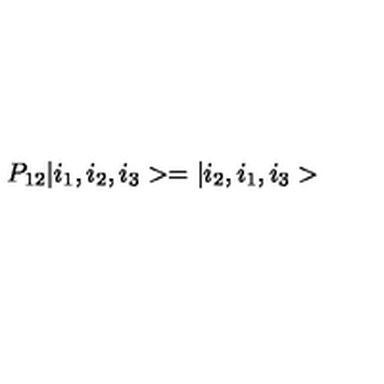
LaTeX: P _ { 1 2 } | i _ { 1 } , i _ { 2 } , i _ { 3 } > = | i _ { 2 } , i _ { 1 } , i _ { 3 } >